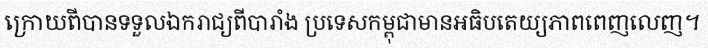
ក្រោយពីបានទទួលឯករាជ្យពីបារាំង ប្រទេសកម្ពុជាមានអធិបតេយ្យភាពពេញលេញ។